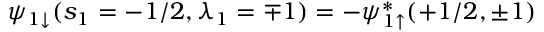
\psi _ { 1 \downarrow } ( s _ { 1 } = - 1 / 2 , \lambda _ { 1 } = \mp 1 ) = - \psi _ { 1 \uparrow } ^ { * } ( + 1 / 2 , \pm 1 )